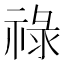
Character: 祿